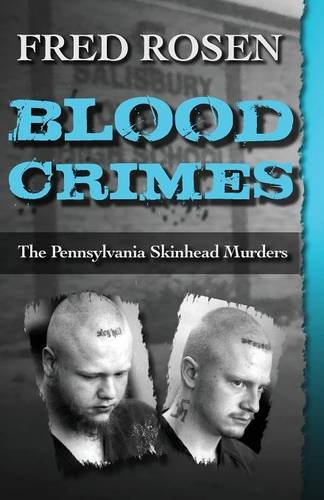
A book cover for Blood Crimes; Fred Rosen; Christian Books & Bibles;